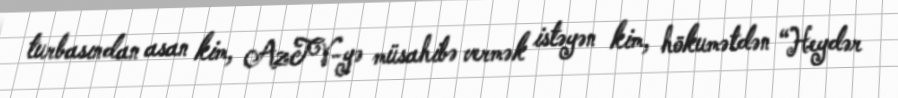
turbasından asan kim, AzTV-yə müsahibə vermək istəyən kim, hökumətdən “Heydər